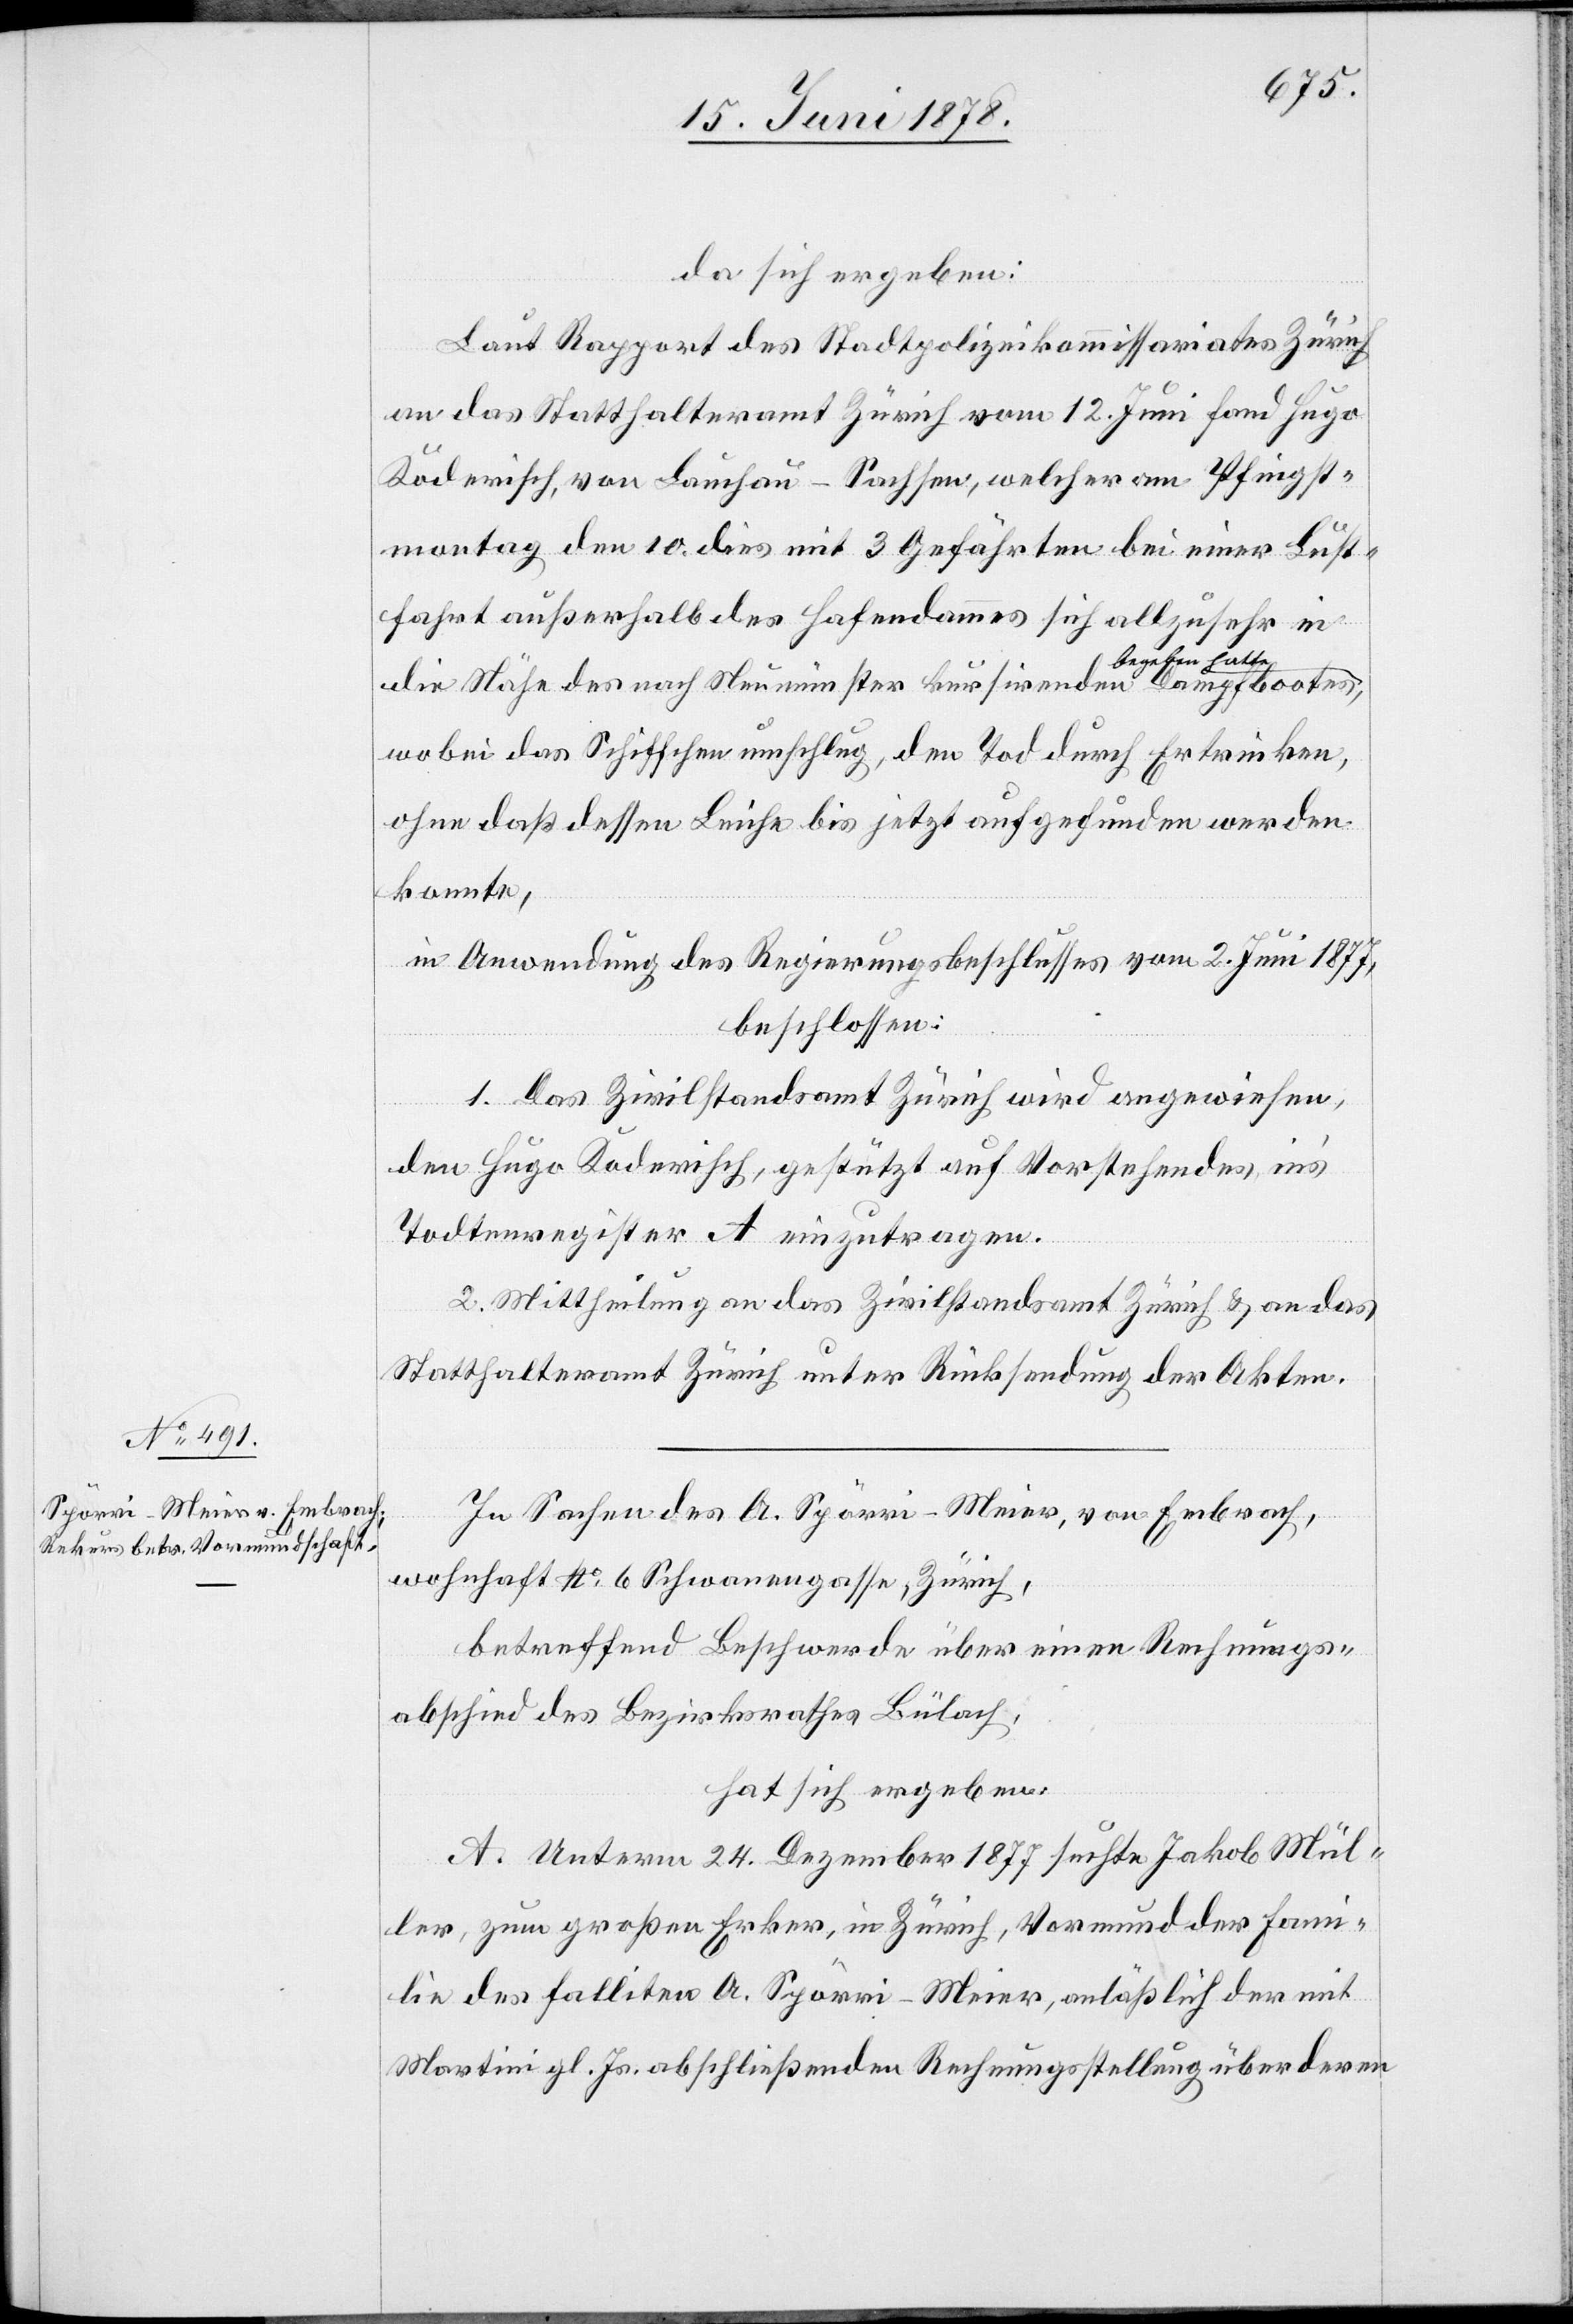
da sich ergeben:
Laut Rapport des Stadtpolizeikommissariates Zürich
an das Statthalteramt Zürich vom 12. Juni fand Hugo
Koderisch, von Lauchau - Sachsen, welcher am Pfingst¬
montag den 10. dies mit 3 Gefährten bei einer Lust¬
fahrt außerhalb des Hafendammes sich allzusehr in
begeben hatte,
die Nähe des nach Neumünster kursirenden Dampfbootes
wobei das Schiffchen umschlug, den Tod durch Ertrinken,
ohne daß dessen Leiche bis jetzt aufgefunden werden
konnte,
in Anwendung des Regierungsbeschlusses vom 2. Juni 1877,
beschlossen:
1. Das Zivilstandsamt Zürich wird angewiesen,
den Hugo Koderisch, gestützt auf Vorstehendes, in’s
Todtenregister A einzutragen.
2. Mittheilung an das Zivilstandsamt Zürich & an das
Statthalteramt Zürich unter Rücksendung der Akten.
In Sachen des A. Spörri-Meier, von Embrach,
wohnhaft No 6 Schwanengasse, Zürich,
betreffend Beschwerde über einen Rechnungs¬
abschied des Bezirksrathes Bülach,
hat sich ergeben:
A. Unterm 24. Dezember 1877 suchte Jakob Mül¬
ler, zum großen Erker, in Zürich, Vormund der Fami¬
lie des falliten A. Spörri-Meier, anläßlich der mit
Martini gl. Js. abschließenden Rechnungsstellung über deren